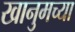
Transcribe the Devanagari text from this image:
खानुमच्या